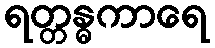
ရတ္တန္ဓကာရေ